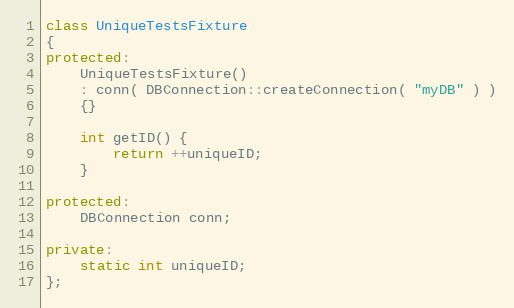
Language: C++
class UniqueTestsFixture
{
protected:
    UniqueTestsFixture()
    : conn( DBConnection::createConnection( "myDB" ) )
    {}

    int getID() {
        return ++uniqueID;
    }

protected:
    DBConnection conn;

private:
    static int uniqueID;
};